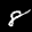
Label: 8